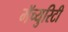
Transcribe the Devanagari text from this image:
मॅच्युरिटी